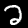
Digit: 2